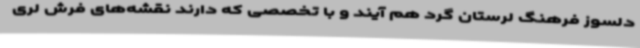
دلسوز فرهنگ لرستان گرد هم آیند و با تخصصی که دارند نقشه‌های فرش لری